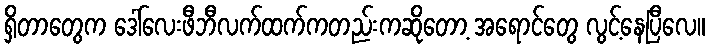
ရှိတာတွေက ဒေါ်လေးဖီဘီလက်ထက်ကတည်းကဆိုတော့ အရောင်တွေ လွင့်နေပြီလေ။